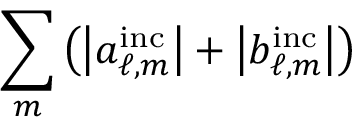
\sum _ { m } \left( \left| a _ { \ell , m } ^ { \mathrm { i n c } } \right| + \left| b _ { \ell , m } ^ { \mathrm { i n c } } \right| \right)